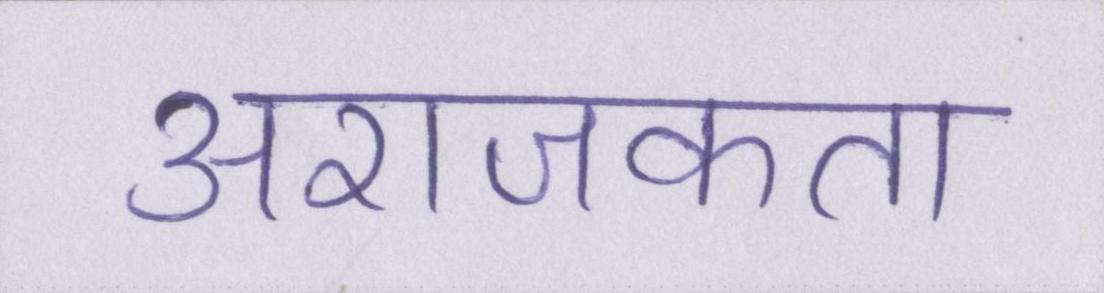
अराजकता